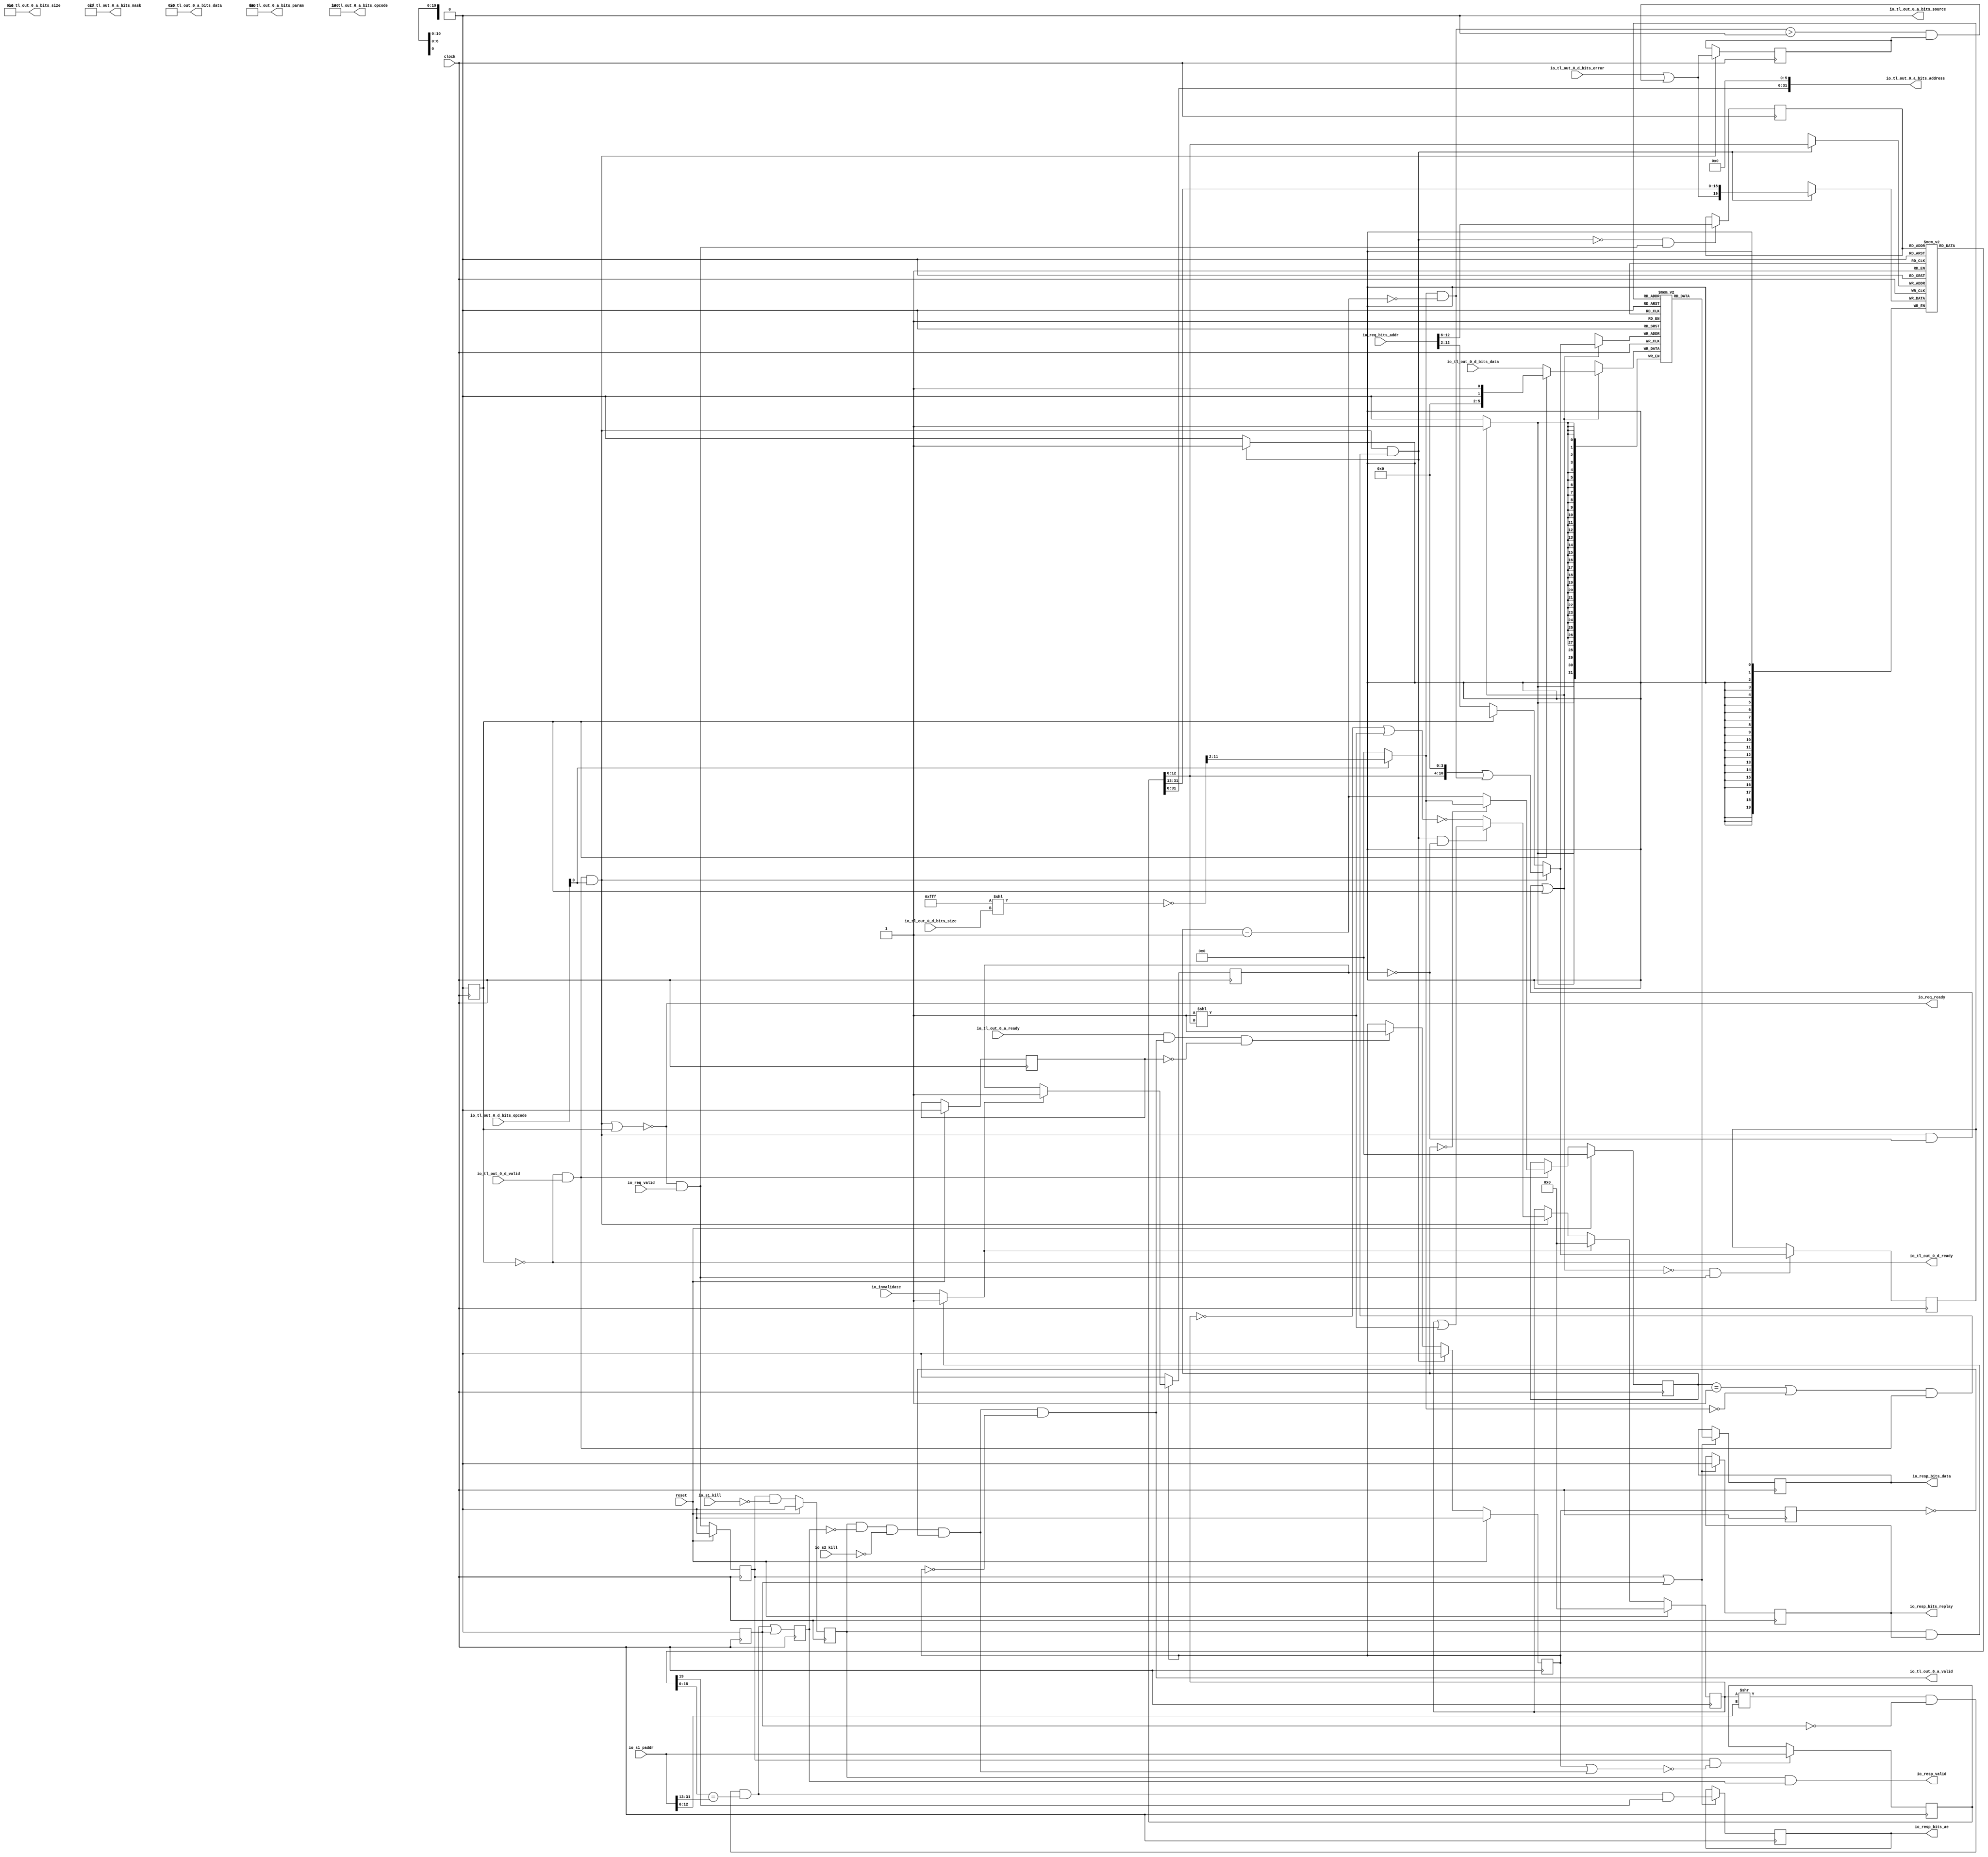
// Copyright (c) 2017, Microsemi Corporation
// All rights reserved.
//
// Redistribution and use in source and binary forms, with or without
// modification, are permitted provided that the following conditions are met:
//     * Redistributions of source code must retain the above copyright
//       notice, this list of conditions and the following disclaimer.
//     * Redistributions in binary form must reproduce the above copyright
//       notice, this list of conditions and the following disclaimer in the
//       documentation and/or other materials provided with the distribution.
//     * Neither the name of the <organization> nor the
//       names of its contributors may be used to endorse or promote products
//       derived from this software without specific prior written permission.
//
// THIS SOFTWARE IS PROVIDED BY THE COPYRIGHT HOLDERS AND CONTRIBUTORS "AS IS" AND
// ANY EXPRESS OR IMPLIED WARRANTIES, INCLUDING, BUT NOT LIMITED TO, THE IMPLIED
// WARRANTIES OF MERCHANTABILITY AND FITNESS FOR A PARTICULAR PURPOSE ARE
// DISCLAIMED. IN NO EVENT SHALL MICROSEMI CORPORATIONM BE LIABLE FOR ANY
// DIRECT, INDIRECT, INCIDENTAL, SPECIAL, EXEMPLARY, OR CONSEQUENTIAL DAMAGES
// (INCLUDING, BUT NOT LIMITED TO, PROCUREMENT OF SUBSTITUTE GOODS OR SERVICES;
// LOSS OF USE, DATA, OR PROFITS; OR BUSINESS INTERRUPTION) HOWEVER CAUSED AND
// ON ANY THEORY OF LIABILITY, WHETHER IN CONTRACT, STRICT LIABILITY, OR TORT
// (INCLUDING NEGLIGENCE OR OTHERWISE) ARISING IN ANY WAY OUT OF THE USE OF THIS
// SOFTWARE, EVEN IF ADVISED OF THE POSSIBILITY OF SUCH DAMAGE.
//
// APACHE LICENSE
// Copyright (c) 2017, Microsemi Corporation 
//
// Licensed under the Apache License, Version 2.0 (the "License");
// you may not use this file except in compliance with the License.
// You may obtain a copy of the License at
//
//    http://www.apache.org/licenses/LICENSE-2.0
//
// Unless required by applicable law or agreed to in writing, software
// distributed under the License is distributed on an "AS IS" BASIS,
// WITHOUT WARRANTIES OR CONDITIONS OF ANY KIND, either express or implied.
// See the License for the specific language governing permissions and
// limitations under the License.
//
// Description:
//
// SVN Revision Information:
// SVN $Revision: $
// SVN $Date: $
//
// Resolved SARs
// SAR      Date     Who   Description
//
// Notes:
//
// ****************************************************************************/
`define RANDOMIZE
`timescale 1ns/10ps
module MIV_RV32IMA_MIV_RV32IMA_0_MIV_RV32IMA_L1_AHB_I_CACHE_ICACHE(
  input         clock,
  input         reset,
  output        io_req_ready,
  input         io_req_valid,
  input  [31:0] io_req_bits_addr,
  input  [31:0] io_s1_paddr,
  input         io_s1_kill,
  input         io_s2_kill,
  output        io_resp_valid,
  output [31:0] io_resp_bits_data,
  output        io_resp_bits_replay,
  output        io_resp_bits_ae,
  input         io_invalidate,
  input         io_tl_out_0_a_ready,
  output        io_tl_out_0_a_valid,
  output [2:0]  io_tl_out_0_a_bits_opcode,
  output [2:0]  io_tl_out_0_a_bits_param,
  output [3:0]  io_tl_out_0_a_bits_size,
  output        io_tl_out_0_a_bits_source,
  output [31:0] io_tl_out_0_a_bits_address,
  output [3:0]  io_tl_out_0_a_bits_mask,
  output [31:0] io_tl_out_0_a_bits_data,
  output        io_tl_out_0_d_ready,
  input         io_tl_out_0_d_valid,
  input  [2:0]  io_tl_out_0_d_bits_opcode,
  input  [3:0]  io_tl_out_0_d_bits_size,
  input  [31:0] io_tl_out_0_d_bits_data,
  input         io_tl_out_0_d_bits_error
);
  reg  s1_slaveValid;
  reg [31:0] _RAND_0;
  reg  s3_slaveValid;
  reg [31:0] _RAND_1;
  reg  s1_valid;
  reg [31:0] _RAND_2;
  wire  s1_hit;
  wire  _T_69;
  wire  _T_70;
  reg  s2_valid;
  reg [31:0] _RAND_3;
  reg  s2_hit;
  reg [31:0] _RAND_4;
  reg  invalidated;
  reg [31:0] _RAND_5;
  reg  refill_valid;
  reg [31:0] _RAND_6;
  reg  send_hint;
  reg [31:0] _RAND_7;
  wire  _T_79;
  wire  _T_81;
  wire  refill_fire;
  wire  _T_85;
  wire  _T_86;
  wire  _T_88;
  wire  _T_89;
  reg  _T_91;
  reg [31:0] _RAND_8;
  wire  _T_93;
  wire  s2_miss;
  wire  _T_94;
  wire  _T_96;
  wire  _T_97;
  reg [31:0] refill_addr;
  reg [31:0] _RAND_9;
  wire [31:0] _GEN_0;
  wire [18:0] refill_tag;
  wire [6:0] refill_idx;
  wire  _T_99;
  wire  _T_100;
  wire  refill_one_beat;
  wire  _T_102;
  wire  _T_104;
  wire  s0_valid;
  wire [26:0] _T_108;
  wire [11:0] _T_109;
  wire [11:0] _T_110;
  wire [9:0] _T_111;
  wire [9:0] _T_114;
  reg [9:0] _T_117;
  reg [31:0] _RAND_10;
  wire [10:0] _T_119;
  wire [10:0] _T_120;
  wire [9:0] _T_121;
  wire  _T_123;
  wire  _T_125;
  wire  _T_127;
  wire  _T_128;
  wire  d_done;
  wire [9:0] _T_129;
  wire [9:0] refill_cnt;
  wire [9:0] _T_130;
  wire [9:0] _GEN_1;
  wire  refill_done;
  wire  _T_132;
  reg [19:0] tag_array_0 [0:127];
  reg [31:0] _RAND_11;
  wire [19:0] tag_array_0_tag_rdata_data;
  wire [6:0] tag_array_0_tag_rdata_addr;
  wire [19:0] tag_array_0__T_167_data;
  wire [6:0] tag_array_0__T_167_addr;
  wire  tag_array_0__T_167_mask;
  wire  tag_array_0__T_167_en;
  wire  _GEN_37;
  reg [6:0] tag_array_0_tag_rdata_addr_pipe_0;
  reg [31:0] _RAND_12;
  wire [6:0] _T_140;
  wire  _T_142;
  wire  _T_143;
  reg  accruedRefillError;
  reg [31:0] _RAND_13;
  wire  _T_156;
  wire  _T_157;
  wire  refillError;
  wire [19:0] _T_158;
  reg [127:0] vb_array;
  reg [127:0] _RAND_14;
  wire [7:0] _T_175;
  wire  _T_177;
  wire  _T_178;
  wire [255:0] _T_180;
  wire [255:0] _GEN_49;
  wire [255:0] _T_181;
  wire [127:0] _T_182;
  wire [255:0] _GEN_50;
  wire [255:0] _T_183;
  wire [255:0] _T_184;
  wire [255:0] _T_185;
  wire  _GEN_13;
  wire [255:0] _GEN_14;
  wire [255:0] _GEN_15;
  wire  _GEN_16;
  reg [12:0] s1s3_slaveAddr;
  reg [31:0] _RAND_15;
  reg [31:0] s1s3_slaveData;
  reg [31:0] _RAND_16;
  wire [6:0] _T_209;
  wire [18:0] _T_210;
  wire [7:0] _T_231;
  wire [127:0] _T_232;
  wire  _T_233;
  wire  _T_235;
  wire  _T_236;
  wire  _T_237;
  wire [18:0] _T_238;
  wire  _T_239;
  wire  _T_240;
  wire  _T_246;
  wire  _T_248;
  reg [31:0] data_arrays_0_0 [0:2047];
  reg [31:0] _RAND_17;
  wire [31:0] data_arrays_0_0__T_318_data;
  wire [10:0] data_arrays_0_0__T_318_addr;
  wire [31:0] data_arrays_0_0__T_304_data;
  wire [10:0] data_arrays_0_0__T_304_addr;
  wire  data_arrays_0_0__T_304_mask;
  wire  data_arrays_0_0__T_304_en;
  wire  _GEN_43;
  reg [10:0] data_arrays_0_0__T_318_addr_pipe_0;
  reg [31:0] _RAND_18;
  wire  _T_278;
  wire  _T_283;
  wire [10:0] _GEN_51;
  wire [10:0] _T_284;
  wire [10:0] _GEN_52;
  wire [10:0] _T_285;
  wire [10:0] _T_286;
  wire [10:0] _T_288;
  wire [10:0] _T_290;
  wire [10:0] _T_291;
  wire [31:0] _T_293;
  wire  _T_311;
  wire  _T_312;
  wire [31:0] _GEN_28;
  reg [31:0] _T_350_0;
  reg [31:0] _RAND_19;
  wire [31:0] _GEN_30;
  reg  _T_365_0;
  reg [31:0] _RAND_20;
  wire  _GEN_31;
  reg  _T_379;
  reg [31:0] _RAND_21;
  wire  _GEN_32;
  wire  _T_384;
  wire  _GEN_33;
  wire  _T_386;
  wire  _T_388;
  wire  _T_389;
  wire [25:0] _T_391;
  wire [31:0] _GEN_53;
  wire [31:0] _T_392;
  wire  _GEN_34;
  wire  _GEN_35;
  wire  _GEN_36;
  assign io_req_ready = _T_104;
  assign io_resp_valid = _T_386;
  assign io_resp_bits_data = _T_350_0;
  assign io_resp_bits_replay = _T_365_0;
  assign io_resp_bits_ae = _T_379;
  assign io_tl_out_0_a_valid = _T_389;
  assign io_tl_out_0_a_bits_opcode = 3'h4;
  assign io_tl_out_0_a_bits_param = 3'h0;
  assign io_tl_out_0_a_bits_size = 4'h6;
  assign io_tl_out_0_a_bits_source = 1'h0;
  assign io_tl_out_0_a_bits_address = _T_392;
  assign io_tl_out_0_a_bits_mask = 4'hf;
  assign io_tl_out_0_a_bits_data = 32'h0;
  assign io_tl_out_0_d_ready = _T_132;
  assign s1_hit = _T_240 | s1_slaveValid;
  assign _T_69 = io_s1_kill == 1'h0;
  assign _T_70 = s1_valid & _T_69;
  assign _T_79 = io_tl_out_0_a_ready & io_tl_out_0_a_valid;
  assign _T_81 = send_hint == 1'h0;
  assign refill_fire = _T_79 & _T_81;
  assign _T_85 = s2_hit == 1'h0;
  assign _T_86 = s2_valid & _T_85;
  assign _T_88 = io_s2_kill == 1'h0;
  assign _T_89 = _T_86 & _T_88;
  assign _T_93 = _T_91 == 1'h0;
  assign s2_miss = _T_89 & _T_93;
  assign _T_94 = refill_valid | s2_miss;
  assign _T_96 = _T_94 == 1'h0;
  assign _T_97 = s1_valid & _T_96;
  assign _GEN_0 = _T_97 ? io_s1_paddr : refill_addr;
  assign refill_tag = refill_addr[31:13];
  assign refill_idx = refill_addr[12:6];
  assign _T_99 = io_tl_out_0_d_ready & io_tl_out_0_d_valid;
  assign _T_100 = io_tl_out_0_d_bits_opcode[0];
  assign refill_one_beat = _T_99 & _T_100;
  assign _T_102 = refill_one_beat | s3_slaveValid;
  assign _T_104 = _T_102 == 1'h0;
  assign s0_valid = io_req_ready & io_req_valid;
  assign _T_108 = 27'hfff << io_tl_out_0_d_bits_size;
  assign _T_109 = _T_108[11:0];
  assign _T_110 = ~ _T_109;
  assign _T_111 = _T_110[11:2];
  assign _T_114 = _T_100 ? _T_111 : 10'h0;
  assign _T_119 = _T_117 - 10'h1;
  assign _T_120 = $unsigned(_T_119);
  assign _T_121 = _T_120[9:0];
  assign _T_123 = _T_117 == 10'h0;
  assign _T_125 = _T_117 == 10'h1;
  assign _T_127 = _T_114 == 10'h0;
  assign _T_128 = _T_125 | _T_127;
  assign d_done = _T_128 & _T_99;
  assign _T_129 = ~ _T_121;
  assign refill_cnt = _T_114 & _T_129;
  assign _T_130 = _T_123 ? _T_114 : _T_121;
  assign _GEN_1 = _T_99 ? _T_130 : _T_117;
  assign refill_done = refill_one_beat & d_done;
  assign _T_132 = s3_slaveValid == 1'h0;
  assign tag_array_0_tag_rdata_addr = tag_array_0_tag_rdata_addr_pipe_0;
  assign tag_array_0_tag_rdata_data = tag_array_0[tag_array_0_tag_rdata_addr];
  assign tag_array_0__T_167_data = _T_158;
  assign tag_array_0__T_167_addr = refill_idx;
  assign tag_array_0__T_167_mask = refill_done;
  assign tag_array_0__T_167_en = refill_done;
  assign _GEN_37 = _T_143;
  assign _T_140 = io_req_bits_addr[12:6];
  assign _T_142 = refill_done == 1'h0;
  assign _T_143 = _T_142 & s0_valid;
  assign _T_156 = refill_cnt > 10'h0;
  assign _T_157 = _T_156 & accruedRefillError;
  assign refillError = io_tl_out_0_d_bits_error | _T_157;
  assign _T_158 = {refillError,refill_tag};
  assign _T_175 = {1'h0,refill_idx};
  assign _T_177 = invalidated == 1'h0;
  assign _T_178 = refill_done & _T_177;
  assign _T_180 = 256'h1 << _T_175;
  assign _GEN_49 = {{128'd0}, vb_array};
  assign _T_181 = _GEN_49 | _T_180;
  assign _T_182 = ~ vb_array;
  assign _GEN_50 = {{128'd0}, _T_182};
  assign _T_183 = _GEN_50 | _T_180;
  assign _T_184 = ~ _T_183;
  assign _T_185 = _T_178 ? _T_181 : _T_184;
  assign _GEN_13 = refill_one_beat ? refillError : accruedRefillError;
  assign _GEN_14 = refill_one_beat ? _T_185 : {{128'd0}, vb_array};
  assign _GEN_15 = _GEN_33 ? 256'h0 : _GEN_14;
  assign _GEN_16 = _GEN_33 ? 1'h1 : invalidated;
  assign _T_209 = io_s1_paddr[12:6];
  assign _T_210 = io_s1_paddr[31:13];
  assign _T_231 = {1'h0,_T_209};
  assign _T_232 = vb_array >> _T_231;
  assign _T_233 = _T_232[0];
  assign _T_235 = s1_slaveValid == 1'h0;
  assign _T_236 = _T_233 & _T_235;
  assign _T_237 = tag_array_0_tag_rdata_data[19];
  assign _T_238 = tag_array_0_tag_rdata_data[18:0];
  assign _T_239 = _T_238 == _T_210;
  assign _T_240 = _T_236 & _T_239;
  assign _T_246 = _T_240 & _T_237;
  assign _T_248 = s1_valid | s1_slaveValid;
  assign data_arrays_0_0__T_318_addr = data_arrays_0_0__T_318_addr_pipe_0;
  assign data_arrays_0_0__T_318_data = data_arrays_0_0[data_arrays_0_0__T_318_addr];
  assign data_arrays_0_0__T_304_data = _T_293;
  assign data_arrays_0_0__T_304_addr = _T_291;
  assign data_arrays_0_0__T_304_mask = _T_283;
  assign data_arrays_0_0__T_304_en = _T_283;
  assign _GEN_43 = _T_312;
  assign _T_278 = refill_one_beat & _T_177;
  assign _T_283 = _T_278 | s3_slaveValid;
  assign _GEN_51 = {{4'd0}, refill_idx};
  assign _T_284 = _GEN_51 << 4;
  assign _GEN_52 = {{1'd0}, refill_cnt};
  assign _T_285 = _T_284 | _GEN_52;
  assign _T_286 = s1s3_slaveAddr[12:2];
  assign _T_288 = io_req_bits_addr[12:2];
  assign _T_290 = s3_slaveValid ? _T_286 : _T_288;
  assign _T_291 = refill_one_beat ? _T_285 : _T_290;
  assign _T_293 = s3_slaveValid ? s1s3_slaveData : io_tl_out_0_d_bits_data;
  assign _T_311 = _T_283 == 1'h0;
  assign _T_312 = _T_311 & s0_valid;
  assign _GEN_28 = data_arrays_0_0__T_318_data;
  assign _GEN_30 = _T_248 ? _GEN_28 : _T_350_0;
  assign _GEN_31 = _T_248 ? 1'h0 : _T_365_0;
  assign _GEN_32 = _T_248 ? _T_246 : _T_379;
  assign _T_384 = s2_valid & _T_365_0;
  assign _GEN_33 = _T_384 ? 1'h1 : io_invalidate;
  assign _T_386 = s2_valid & s2_hit;
  assign _T_388 = refill_valid == 1'h0;
  assign _T_389 = s2_miss & _T_388;
  assign _T_391 = refill_addr[31:6];
  assign _GEN_53 = {{6'd0}, _T_391};
  assign _T_392 = _GEN_53 << 6;
  assign _GEN_34 = _T_388 ? 1'h0 : _GEN_16;
  assign _GEN_35 = refill_fire ? 1'h1 : refill_valid;
  assign _GEN_36 = refill_done ? 1'h0 : _GEN_35;
`ifdef RANDOMIZE
  integer initvar;
  initial begin
    `ifndef verilator
      #0.002 begin end
    `endif
  `ifdef RANDOMIZE_REG_INIT
  _RAND_0 = {1{$random}};
  s1_slaveValid = _RAND_0[0:0];
  `endif // RANDOMIZE_REG_INIT
  `ifdef RANDOMIZE_REG_INIT
  _RAND_1 = {1{$random}};
  s3_slaveValid = _RAND_1[0:0];
  `endif // RANDOMIZE_REG_INIT
  `ifdef RANDOMIZE_REG_INIT
  _RAND_2 = {1{$random}};
  s1_valid = _RAND_2[0:0];
  `endif // RANDOMIZE_REG_INIT
  `ifdef RANDOMIZE_REG_INIT
  _RAND_3 = {1{$random}};
  s2_valid = _RAND_3[0:0];
  `endif // RANDOMIZE_REG_INIT
  `ifdef RANDOMIZE_REG_INIT
  _RAND_4 = {1{$random}};
  s2_hit = _RAND_4[0:0];
  `endif // RANDOMIZE_REG_INIT
  `ifdef RANDOMIZE_REG_INIT
  _RAND_5 = {1{$random}};
  invalidated = _RAND_5[0:0];
  `endif // RANDOMIZE_REG_INIT
  `ifdef RANDOMIZE_REG_INIT
  _RAND_6 = {1{$random}};
  refill_valid = _RAND_6[0:0];
  `endif // RANDOMIZE_REG_INIT
  `ifdef RANDOMIZE_REG_INIT
  _RAND_7 = {1{$random}};
  send_hint = _RAND_7[0:0];
  `endif // RANDOMIZE_REG_INIT
  `ifdef RANDOMIZE_REG_INIT
  _RAND_8 = {1{$random}};
  _T_91 = _RAND_8[0:0];
  `endif // RANDOMIZE_REG_INIT
  `ifdef RANDOMIZE_REG_INIT
  _RAND_9 = {1{$random}};
  refill_addr = _RAND_9[31:0];
  `endif // RANDOMIZE_REG_INIT
  `ifdef RANDOMIZE_REG_INIT
  _RAND_10 = {1{$random}};
  _T_117 = _RAND_10[9:0];
  `endif // RANDOMIZE_REG_INIT
  _RAND_11 = {1{$random}};
  `ifdef RANDOMIZE_MEM_INIT
  for (initvar = 0; initvar < 128; initvar = initvar+1)
    tag_array_0[initvar] = _RAND_11[19:0];
  `endif // RANDOMIZE_MEM_INIT
  `ifdef RANDOMIZE_REG_INIT
  _RAND_12 = {1{$random}};
  tag_array_0_tag_rdata_addr_pipe_0 = _RAND_12[6:0];
  `endif // RANDOMIZE_REG_INIT
  `ifdef RANDOMIZE_REG_INIT
  _RAND_13 = {1{$random}};
  accruedRefillError = _RAND_13[0:0];
  `endif // RANDOMIZE_REG_INIT
  `ifdef RANDOMIZE_REG_INIT
  _RAND_14 = {4{$random}};
  vb_array = _RAND_14[127:0];
  `endif // RANDOMIZE_REG_INIT
  `ifdef RANDOMIZE_REG_INIT
  _RAND_15 = {1{$random}};
  s1s3_slaveAddr = _RAND_15[12:0];
  `endif // RANDOMIZE_REG_INIT
  `ifdef RANDOMIZE_REG_INIT
  _RAND_16 = {1{$random}};
  s1s3_slaveData = _RAND_16[31:0];
  `endif // RANDOMIZE_REG_INIT
  _RAND_17 = {1{$random}};
  `ifdef RANDOMIZE_MEM_INIT
  for (initvar = 0; initvar < 2048; initvar = initvar+1)
    data_arrays_0_0[initvar] = _RAND_17[31:0];
  `endif // RANDOMIZE_MEM_INIT
  `ifdef RANDOMIZE_REG_INIT
  _RAND_18 = {1{$random}};
  data_arrays_0_0__T_318_addr_pipe_0 = _RAND_18[10:0];
  `endif // RANDOMIZE_REG_INIT
  `ifdef RANDOMIZE_REG_INIT
  _RAND_19 = {1{$random}};
  _T_350_0 = _RAND_19[31:0];
  `endif // RANDOMIZE_REG_INIT
  `ifdef RANDOMIZE_REG_INIT
  _RAND_20 = {1{$random}};
  _T_365_0 = _RAND_20[0:0];
  `endif // RANDOMIZE_REG_INIT
  `ifdef RANDOMIZE_REG_INIT
  _RAND_21 = {1{$random}};
  _T_379 = _RAND_21[0:0];
  `endif // RANDOMIZE_REG_INIT
  end
`endif // RANDOMIZE
  always @(posedge clock) begin
    if (reset) begin
      s1_slaveValid <= 1'h0;
    end else begin
      s1_slaveValid <= 1'h0;
    end
    s3_slaveValid <= 1'h0;
    if (reset) begin
      s1_valid <= 1'h0;
    end else begin
      s1_valid <= s0_valid;
    end
    if (reset) begin
      s2_valid <= 1'h0;
    end else begin
      s2_valid <= _T_70;
    end
    s2_hit <= s1_hit;
    if (_T_388) begin
      invalidated <= 1'h0;
    end else begin
      if (_GEN_33) begin
        invalidated <= 1'h1;
      end
    end
    if (reset) begin
      refill_valid <= 1'h0;
    end else begin
      if (refill_done) begin
        refill_valid <= 1'h0;
      end else begin
        if (refill_fire) begin
          refill_valid <= 1'h1;
        end
      end
    end
    if (reset) begin
      send_hint <= 1'h0;
    end
    _T_91 <= refill_valid;
    if (_T_97) begin
      refill_addr <= io_s1_paddr;
    end
    if (reset) begin
      _T_117 <= 10'h0;
    end else begin
      if (_T_99) begin
        if (_T_123) begin
          if (_T_100) begin
            _T_117 <= _T_111;
          end else begin
            _T_117 <= 10'h0;
          end
        end else begin
          _T_117 <= _T_121;
        end
      end
    end
    if(tag_array_0__T_167_en & tag_array_0__T_167_mask) begin
      tag_array_0[tag_array_0__T_167_addr] <= tag_array_0__T_167_data;
    end
    if (_GEN_37) begin
      tag_array_0_tag_rdata_addr_pipe_0 <= _T_140;
    end
    if (refill_one_beat) begin
      accruedRefillError <= refillError;
    end
    if (reset) begin
      vb_array <= 128'h0;
    end else begin
      vb_array <= _GEN_15[127:0];
    end
    if(data_arrays_0_0__T_304_en & data_arrays_0_0__T_304_mask) begin
      data_arrays_0_0[data_arrays_0_0__T_304_addr] <= data_arrays_0_0__T_304_data;
    end
    if (_GEN_43) begin
      data_arrays_0_0__T_318_addr_pipe_0 <= _T_291;
    end
    if (_T_248) begin
      _T_350_0 <= _GEN_28;
    end
    if (_T_248) begin
      _T_365_0 <= 1'h0;
    end
    if (_T_248) begin
      _T_379 <= _T_246;
    end
    `ifndef SYNTHESIS
    `ifdef PRINTF_COND
      if (`PRINTF_COND) begin
    `endif
        if (1'h0) begin
          $fwrite(32'h80000002,"Assertion failed\n    at ICache.scala:216 assert(!(s1_valid || s1_slaveValid) || PopCount(s1_tag_hit zip s1_tag_disparity map { case (h, d) => h && !d }) <= 1)\n");
        end
    `ifdef PRINTF_COND
      end
    `endif
    `endif // SYNTHESIS
    `ifndef SYNTHESIS
    `ifdef STOP_COND
      if (`STOP_COND) begin
    `endif
        if (1'h0) begin
          $fatal;
        end
    `ifdef STOP_COND
      end
    `endif
    `endif // SYNTHESIS
    `ifndef SYNTHESIS
    `ifdef PRINTF_COND
      if (`PRINTF_COND) begin
    `endif
        if (1'h0) begin
          $fwrite(32'h80000002,"Assertion failed\n    at ICache.scala:349 assert(!(tl_out.a.valid && addrMaybeInScratchpad(tl_out.a.bits.address)))\n");
        end
    `ifdef PRINTF_COND
      end
    `endif
    `endif // SYNTHESIS
    `ifndef SYNTHESIS
    `ifdef STOP_COND
      if (`STOP_COND) begin
    `endif
        if (1'h0) begin
          $fatal;
        end
    `ifdef STOP_COND
      end
    `endif
    `endif // SYNTHESIS
  end
endmodule